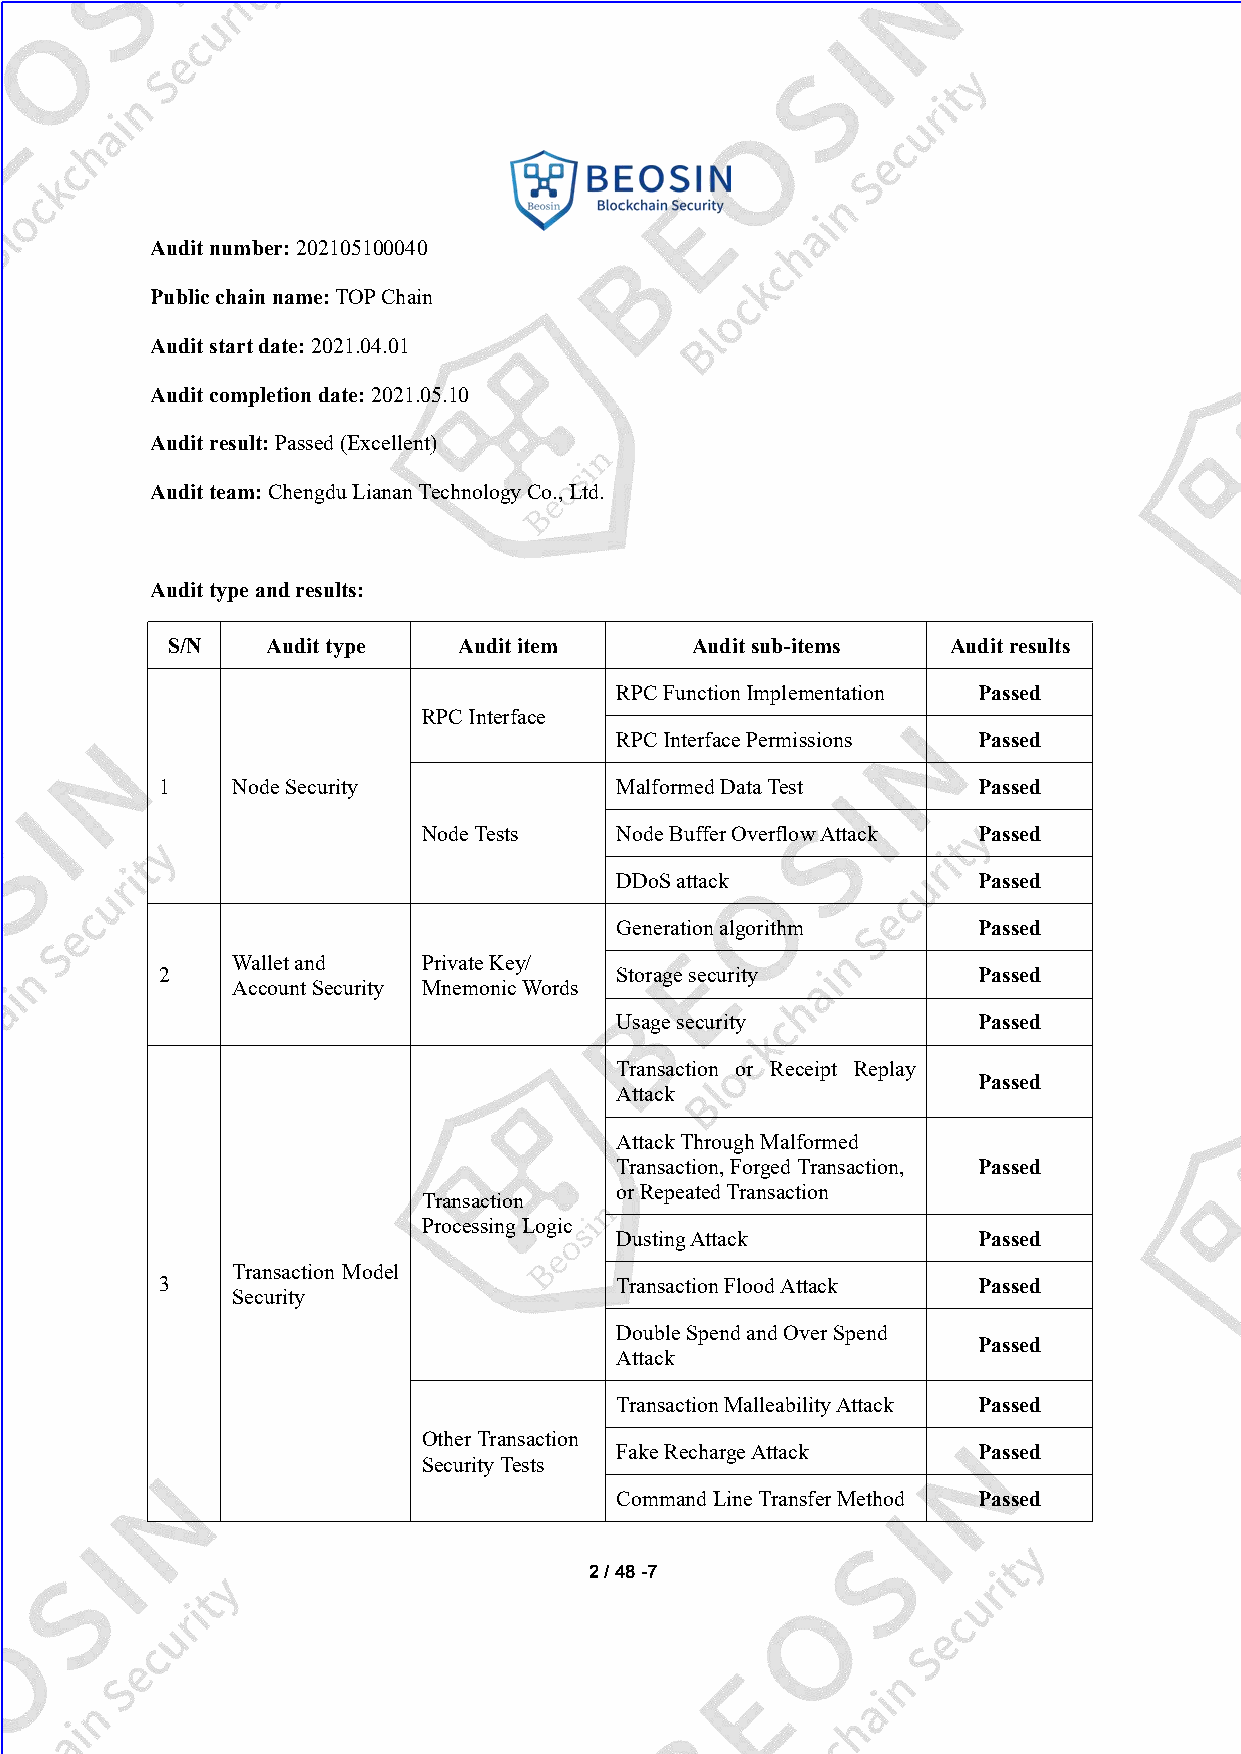
Auditnumber:202105100040
 Publicchainname:TOPChain
 Auditstartdate:2021.04.01
 Auditcompletiondate:2021.05.10
 Auditresult:Passed(Excellent)
 Auditteam:ChengduLiananTechnologyCo.,Ltd.
 Audittypeandresults:
 S/N    Audittype   Audititem       Auditsub-items   Auditresults
 RPCFunctionImplementation Passed
 RPCInterface
 RPCInterfacePermissions Passed
 1   NodeSecurity              MalformedDataTest       Passed
 NodeTests    NodeBufferOverflowAttack Passed
 DDoSattack              Passed
 Generationalgorithm     Passed
 Walletand    PrivateKey/
 2                             Storagesecurity         Passed
 AccountSecurity MnemonicWords
 Usagesecurity           Passed
 Transaction or Receipt Replay
 Passed
 Attack
 AttackThroughMalformed
 Transaction,ForgedTransaction, Passed
 orRepeatedTransaction
 Transaction
 ProcessingLogic
 DustingAttack           Passed
 Transaction Model
 3                             TransactionFloodAttack  Passed
 Security
 DoubleSpendandOverSpend
 Passed
 Attack
 TransactionMalleabilityAttack Passed
 OtherTransaction
 FakeRechargeAttack      Passed
 SecurityTests
 CommandLineTransferMethod Passed
 2/48-7